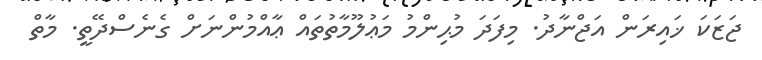
ޖަޒަކަ ޚައިރަން އަޖްނާދު. މިފަދަ މުޙިންމު މަޢުލޫމާތުތައް ޢާއްމުންނަށް ގެނެސްދޭތީ. މާތް